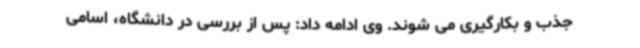
جذب و بکارگیری می شوند. وی ادامه داد: پس از بررسی در دانشگاه، اسامی